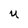
Character: U